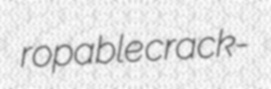
ropable crack-